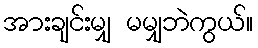
အားချင်းမျှ မမျှဘဲကွယ်။